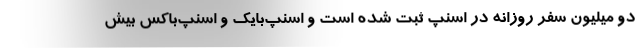
دو میلیون سفر روزانه در اسنپ ثبت شده است و اسنپ‌بایک و اسنپ‌باکس بیش